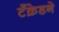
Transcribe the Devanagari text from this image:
टँक्रेडने